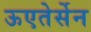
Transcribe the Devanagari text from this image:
ऊएतेर्सेन